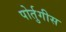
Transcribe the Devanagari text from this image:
पोर्तुगीस